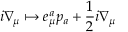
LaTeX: i \nabla _ { \mu } \mapsto e _ { \mu } ^ { a } p _ { a } + \frac { 1 } { 2 } i \nabla _ { \mu }